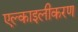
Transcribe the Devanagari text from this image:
एल्काइलीकरण